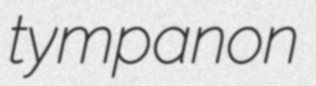
tympanon